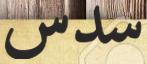
سدس